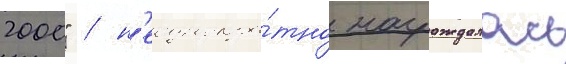
2000" / н'еоднокра́тно награждалась